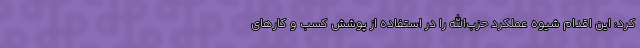
کرد: این اقدام شیوه عملکرد حزب‌الله را در استفاده از پوشش کسب و کارهای